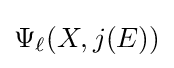
\Psi _{\ell }(X,j(E))